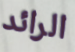
الرائد